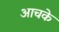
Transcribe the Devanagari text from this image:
आचके